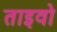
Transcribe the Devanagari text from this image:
ताइवो